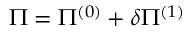
\Pi = \Pi ^ { ( 0 ) } + \delta \Pi ^ { ( 1 ) }